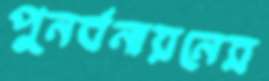
পুনর্বনায়নের